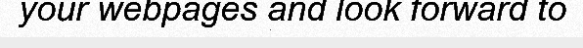
your webpages and look forward to